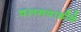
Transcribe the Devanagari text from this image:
चलनवाढीचे